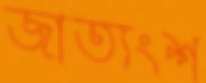
জাত্যংশ